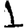
Digit: 1